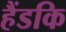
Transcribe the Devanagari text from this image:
हैंडकि